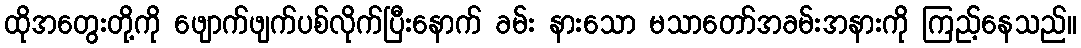
ထိုအတွေးတို့ကို ဖျောက်ဖျက်ပစ်လိုက်ပြီးနောက် ခမ်း နားသော မသာတော်အခမ်းအနားကို ကြည့်နေသည်။